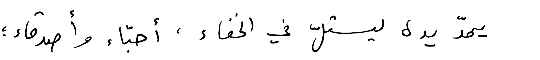
يمدّ يده ليستلّ في الخفاء، أحبّاء وأصدقاء؛